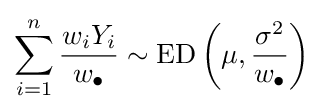
\sum _{i=1}^{n}{\frac {w_{i}Y_{i}}{w_{\bullet }}}\sim \mathrm {ED} \left(\mu ,{\frac {\sigma ^{2}}{w_{\bullet }}}\right)\,\!